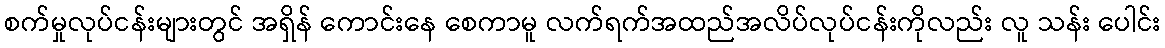
စက်မှုလုပ်ငန်းများတွင် အရှိန် ကောင်းနေ စေကာမူ လက်ရက်အထည်အလိပ်လုပ်ငန်းကိုလည်း လူ သန်း ပေါင်း